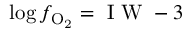
\log { f _ { \mathrm { O _ { 2 } } } } = \mathrm { ~ I ~ W ~ } - 3